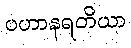
ပဟာနရတိယာ